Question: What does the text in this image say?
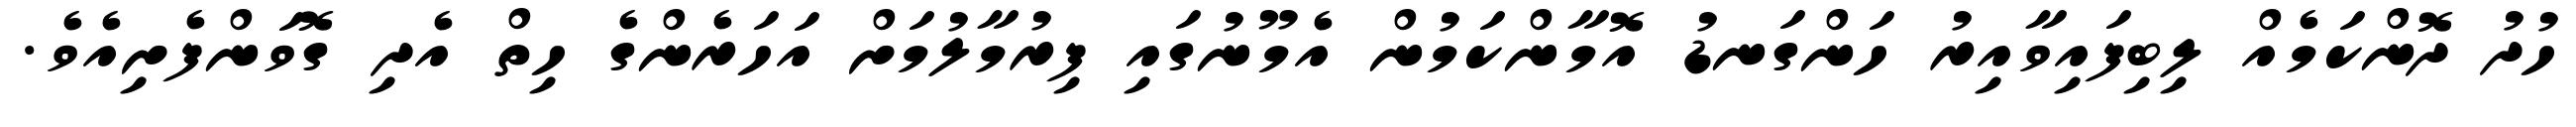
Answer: ހުދު ދޮންކަމެއް ލިބިފައިވާއިރު ހަންގަނޑު އޮމާންކަމުން އެމޫނުގައި ފިރުމާލުމަށް އަހަރެންގެ ހިތް އެދި ގޮވަންފެށިއެވެ.